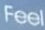
Feel